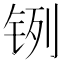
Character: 𲇹